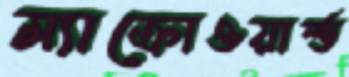
ম্যাক্রোওয়ার্ল্ড